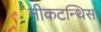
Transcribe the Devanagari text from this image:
नीकटन्थिस